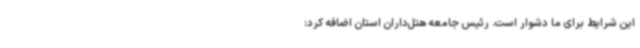
این شرایط برای ما دشوار است. رئیس جامعه هتل‌داران استان اضافه کرد: